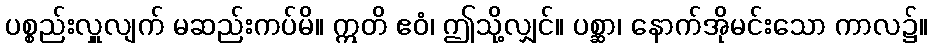
ပစ္စည်းလှူလျက် မဆည်းကပ်မိ။ ဣတိ ဧဝံ၊ ဤသို့လျှင်။ ပစ္ဆာ၊ နောက်အိုမင်းသော ကာလ၌။